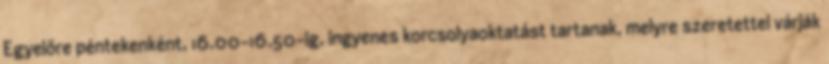
Egyelőre péntekenként, 16.00-16.50-ig, ingyenes korcsolyaoktatást tartanak, melyre szeretettel várják